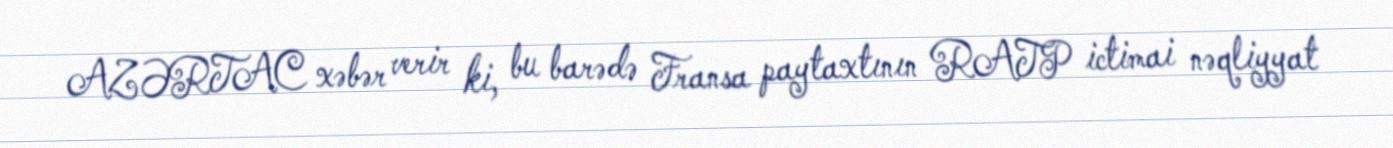
AZƏRTAC xəbər verir ki, bu barədə Fransa paytaxtının RATP ictimai nəqliyyat